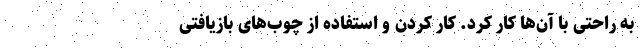
به راحتی با آن‌ها کار کرد. کار کردن و استفاده از چوب‌های بازیافتی